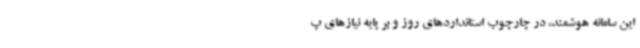
این سامانه هوشمند، در چارچوب استانداردهای روز و بر پایه نیازهای پ